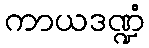
ကာယဒဏ္ဍံ